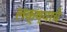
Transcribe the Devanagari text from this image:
लक्ष्याचे